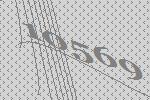
10569